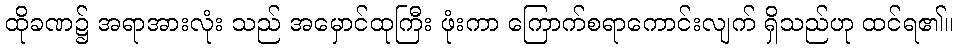
ထိုခဏ၌ အရာအားလုံး သည် အမှောင်ထုကြီး ဖုံးကာ ကြောက်စရာကောင်းလျက် ရှိသည်ဟု ထင်ရ၏။